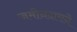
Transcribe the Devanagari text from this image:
जमीनदाराने